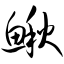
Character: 鳅